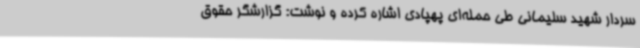
سردار شهید سلیمانی طی حمله‌ای پهپادی اشاره کرده و نوشت: گزارشگر حقوق